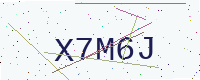
Text: X7M6J